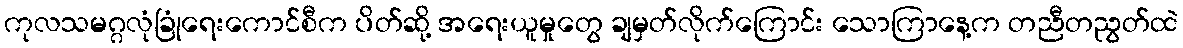
ကုလသမဂ္ဂလုံခြုံရေးကောင်စီက ပိတ်ဆို့ အရေးယူမှုတွေ ချမှတ်လိုက်ကြောင်း သောကြာနေ့က တညီတညွတ်ထဲ